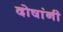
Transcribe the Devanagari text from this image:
दोषांनी